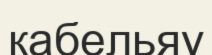
кабельяу